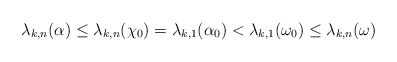
\begin{align*}\lambda_{k,n}(\alpha) \le \lambda_{k,n}(\chi_0) = \lambda_{k,1}(\alpha_0) < \lambda_{k,1}(\omega_0) \le \lambda_{k,n}(\omega) \end{align*}